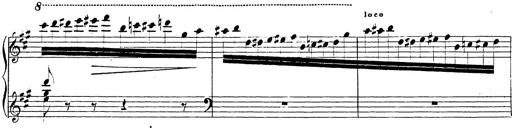
Title: Chanson bohÃ©mienne
Composer: Franz Liszt